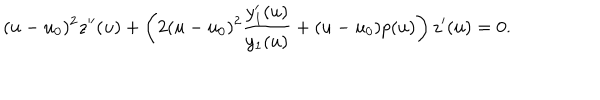
LaTeX: ( u - u _ { 0 } ) ^ { 2 } z ^ { \prime \prime } ( u ) + \left( 2 ( u - u _ { 0 } ) ^ { 2 } \frac { y _ { 1 } ^ { \prime } ( u ) } { y _ { 1 } ( u ) } + ( u - u _ { 0 } ) p ( u ) \right) z ^ { \prime } ( u ) = 0 .